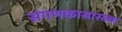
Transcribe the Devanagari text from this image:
संगणकासारख्या